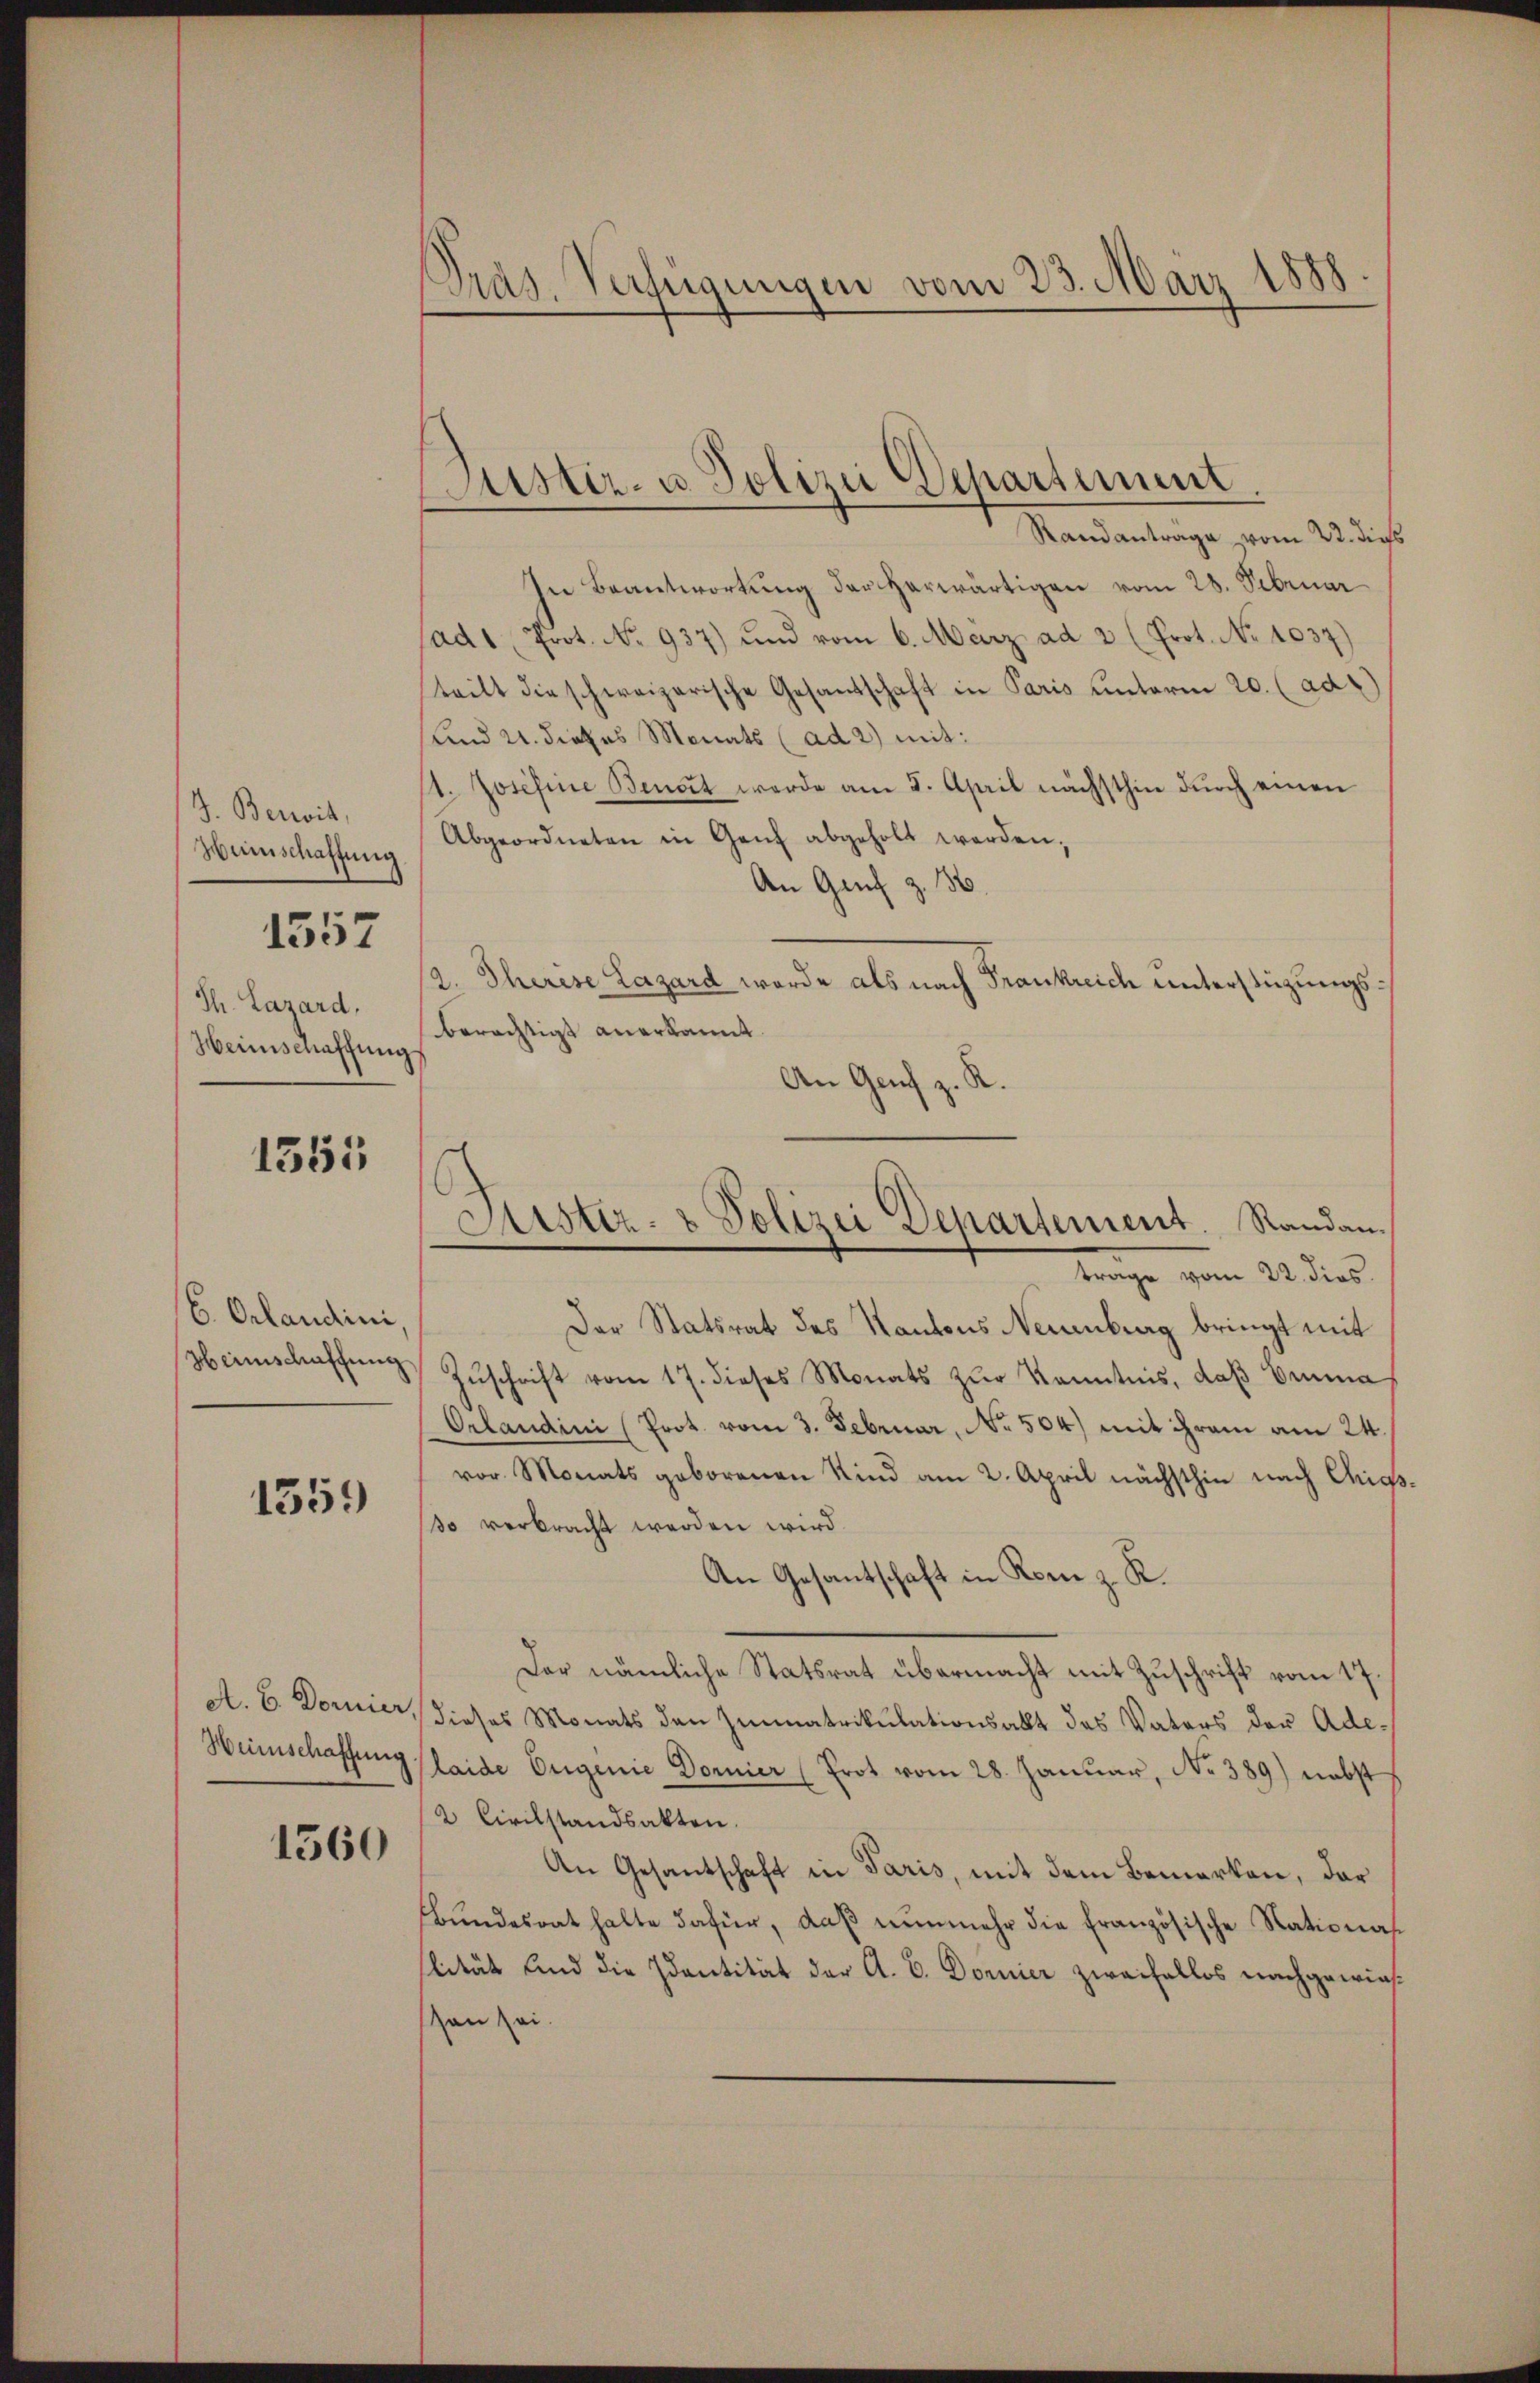
J. Bereit,
Wunschaffung
Th. Lazard,
Heimschaffung

1557

1355

(6. Orlandini
Heimschaffung

1559

A. B. Dorier,
Weinschaffung

1560

Pras. Verfügungen vom 23. März 1888

Justiz- u. Polizei Departement

Randantrage vom 22. dies
In Beantwortung der herwärtigen vom 28. Februar
ad 1. Prot. No. 937) und vom 6. März ad 2. (Prot. No 1037)
teilt die schweizerische Gesandtschaft in Paris unterm 20. (ad
und 21. dieses Monats (ad 2) mit:
1. Josefine Benort werde am 5. April nächsthin durch einen
Abgeordneten in Genf abgeholt werden,
An Genf z. 36.
2. Therise Lazard werde als nach Frankreich unterstüzungsberächtigt anerkannt.
An Genf z. R.
Der Statsrat des Kantons Neuenburg bringt mit
Zŭschrift vom 17. dieses Monats zŭr Kenntnis, daβ Emma
Orlaudini (Prot. vom 3. Februar, No. 504) mit ihrem am 24.
vor. Monats geborenen Kind am 2. April nächsthin nach Chigs
so verbracht werden wird.
An Gesantschaft in Rom z. R.
Das nämliche Statsrat übermacht mit Zuschrift vom 17.
dieses Monats den Zimmatrikulationsakt des Vaters der Ade¬
Plaide Eugenie Dornier (Prot vom 28. Januar, No 389) nebst
2 Civilstandsakten.
An Gesantschaft in Paris, mit dem Bemerken, das
bŭndesrat halte dafür, daβ nŭnmehr die französische Stationas
slität und die Identität der A. B. Dornier zweifellos nachgewiesson sei.

Lister- & Polizei Departement. Randau.
trage vom 22. dies.